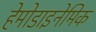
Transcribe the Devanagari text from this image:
हेमोडाइनेमिक